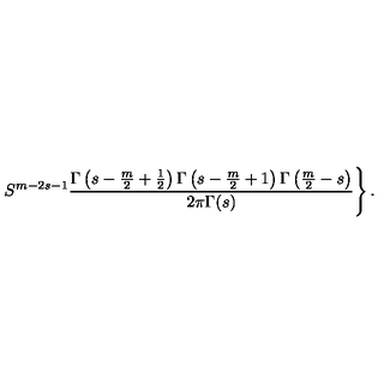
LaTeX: \left. S ^ { m - 2 s - 1 } \frac { \Gamma \left( s - \frac m 2 + \frac 1 2 \right) \Gamma \left( s - \frac m 2 + 1 \right) \Gamma \left( \frac m 2 - s \right) } { 2 \pi \Gamma ( s ) } \right\} .